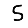
Digit: 5